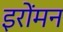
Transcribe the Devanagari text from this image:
इरोंमन